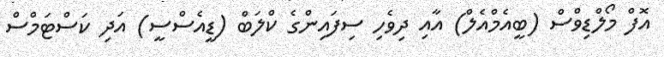
އޮފް މޯލްޑިވްސް (ބީއެމްއެލް) އާއި ދިވެހި ސިފައިންގެ ކްލަބް (ޑީއެސްސީ) އަދި ކަސްޓަމްސް